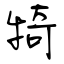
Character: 犄